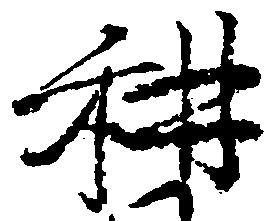
耕